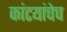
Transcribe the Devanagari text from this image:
कांटयांचेच